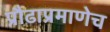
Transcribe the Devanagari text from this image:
प्रौढाप्रमाणेच